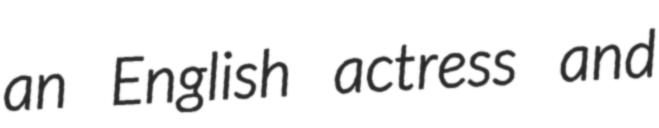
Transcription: an English actress and